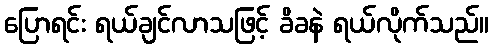
ပြောရင်း ရယ်ချင်လာသဖြင့် ခိခနဲ ရယ်လိုက်သည်။